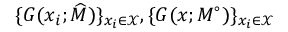
\{ G ( x _ { i } ; \widehat { M } ) \} _ { x _ { i } \in \mathcal { X } } , \{ G ( x ; M ^ { \circ } ) \} _ { x _ { i } \in \mathcal { X } }